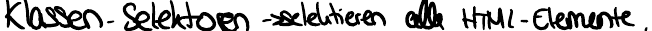
Klassen-Selektoren -> selektieren alle HTML-Elemente